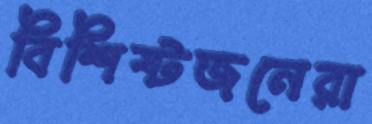
বিশিষ্টজনেরা